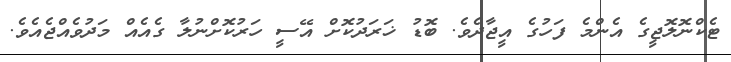
ޓެކްނޮލޮޖީގެ އެންމެ ފަހުގެ އީޖާދެވެ. ބޮޑު ޚަރަދުކޮށް އޭސީ ހަރުކޮށްނުލާ ގެއެއް މަދުވެއްޖެއެވެ.